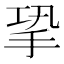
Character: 㧬